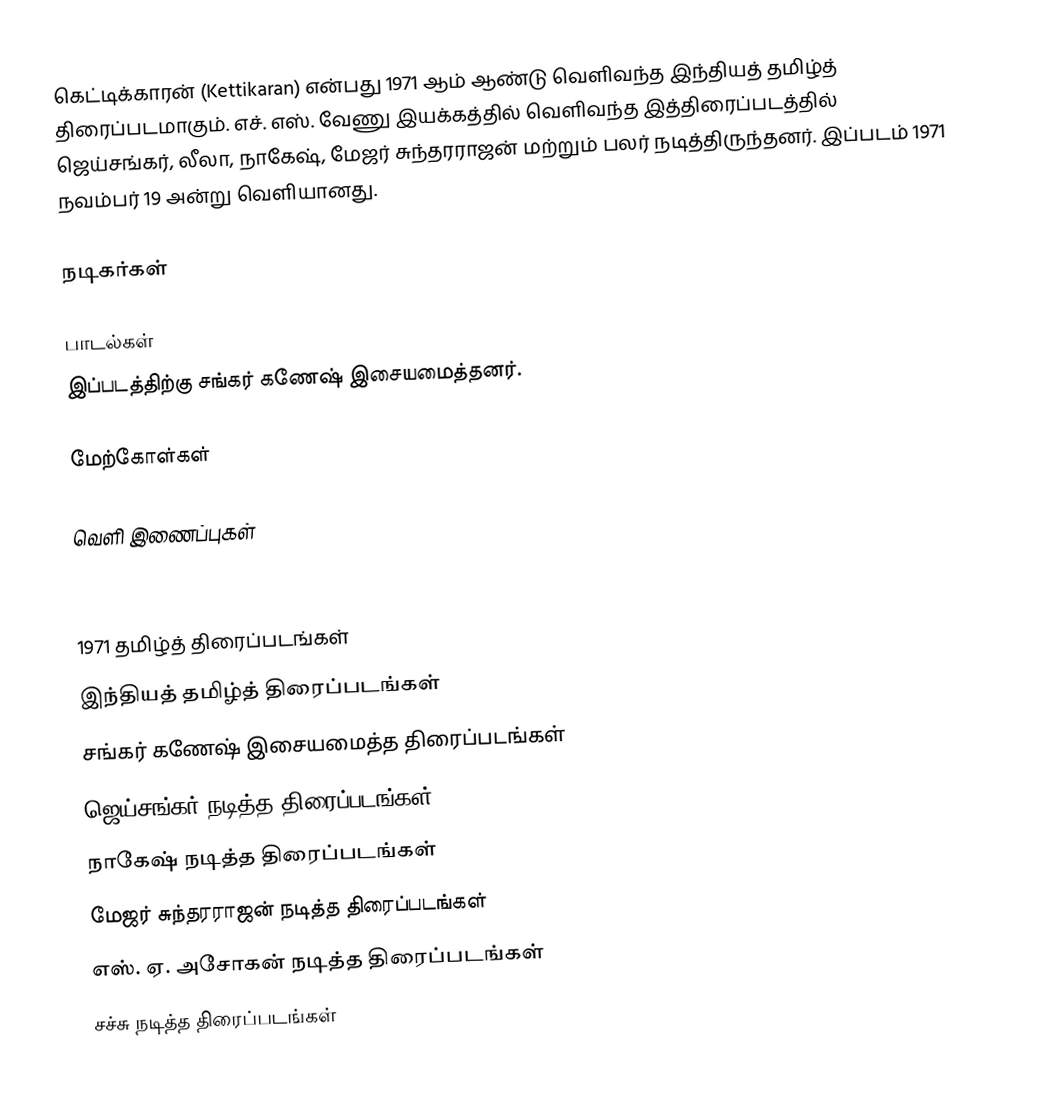
கெட்டிக்காரன் (Kettikaran) என்பது 1971 ஆம் ஆண்டு வெளிவந்த இந்தியத் தமிழ்த் திரைப்படமாகும்.  எச். எஸ். வேணு இயக்கத்தில் வெளிவந்த இத்திரைப்படத்தில் ஜெய்சங்கர், லீலா, நாகேஷ், மேஜர் சுந்தரராஜன் மற்றும் பலர் நடித்திருந்தனர். இப்படம் 1971 நவம்பர் 19 அன்று வெளியானது.

நடிகர்கள்

பாடல்கள்
இப்படத்திற்கு சங்கர் கணேஷ் இசையமைத்தனர்.

மேற்கோள்கள்

வெளி இணைப்புகள்

1971 தமிழ்த் திரைப்படங்கள்
இந்தியத் தமிழ்த் திரைப்படங்கள்
சங்கர் கணேஷ் இசையமைத்த திரைப்படங்கள்
ஜெய்சங்கர் நடித்த திரைப்படங்கள்
நாகேஷ் நடித்த திரைப்படங்கள்
மேஜர் சுந்தரராஜன் நடித்த திரைப்படங்கள்
எஸ். ஏ. அசோகன் நடித்த திரைப்படங்கள்
சச்சு நடித்த திரைப்படங்கள்